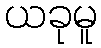
ယခုမူ